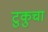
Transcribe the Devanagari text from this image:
टुकुचा